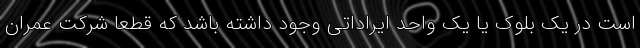
است در یک بلوک یا یک واحد ایراداتی وجود داشته باشد که قطعا شرکت عمران